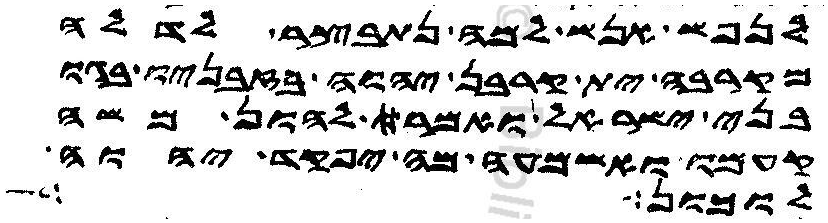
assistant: לנפש אנש למה נתבצר לדלה
מקרבה ית קרבן יהוה בזבניו בגו
בני ישראל ואמר להון משה
קעמו ואשמעו מה יפקד יהוה
לזימון